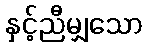
နှင့်ညီမျှသော